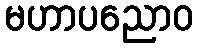
မဟာပညောဝ